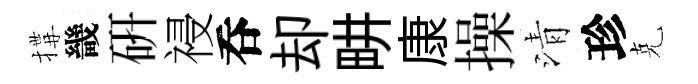
搆畿硏祲呑却畊康操清珍克